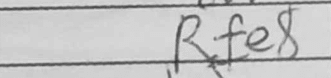
Transcription: Rfe8